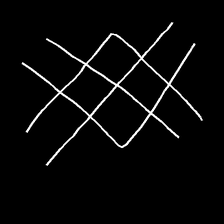
Glyph: crystal